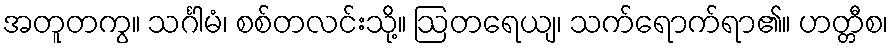
အတူတကွ။ သင်္ဂါမံ၊ စစ်တလင်းသို့။ ဩတရေယျ၊ သက်ရောက်ရာ၏။ ဟတ္တီစ၊